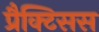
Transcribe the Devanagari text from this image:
प्रैक्टिसस